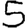
Digit: 5